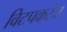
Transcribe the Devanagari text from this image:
विटपकरंज